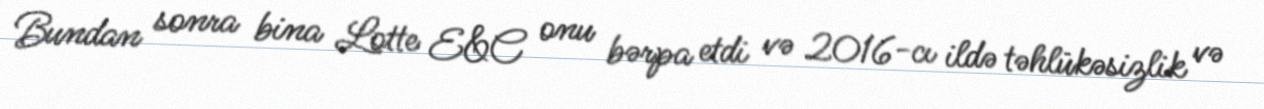
Bundan sonra bina Lotte E&C onu bərpa etdi və 2016-cı ildə təhlükəsizlik və